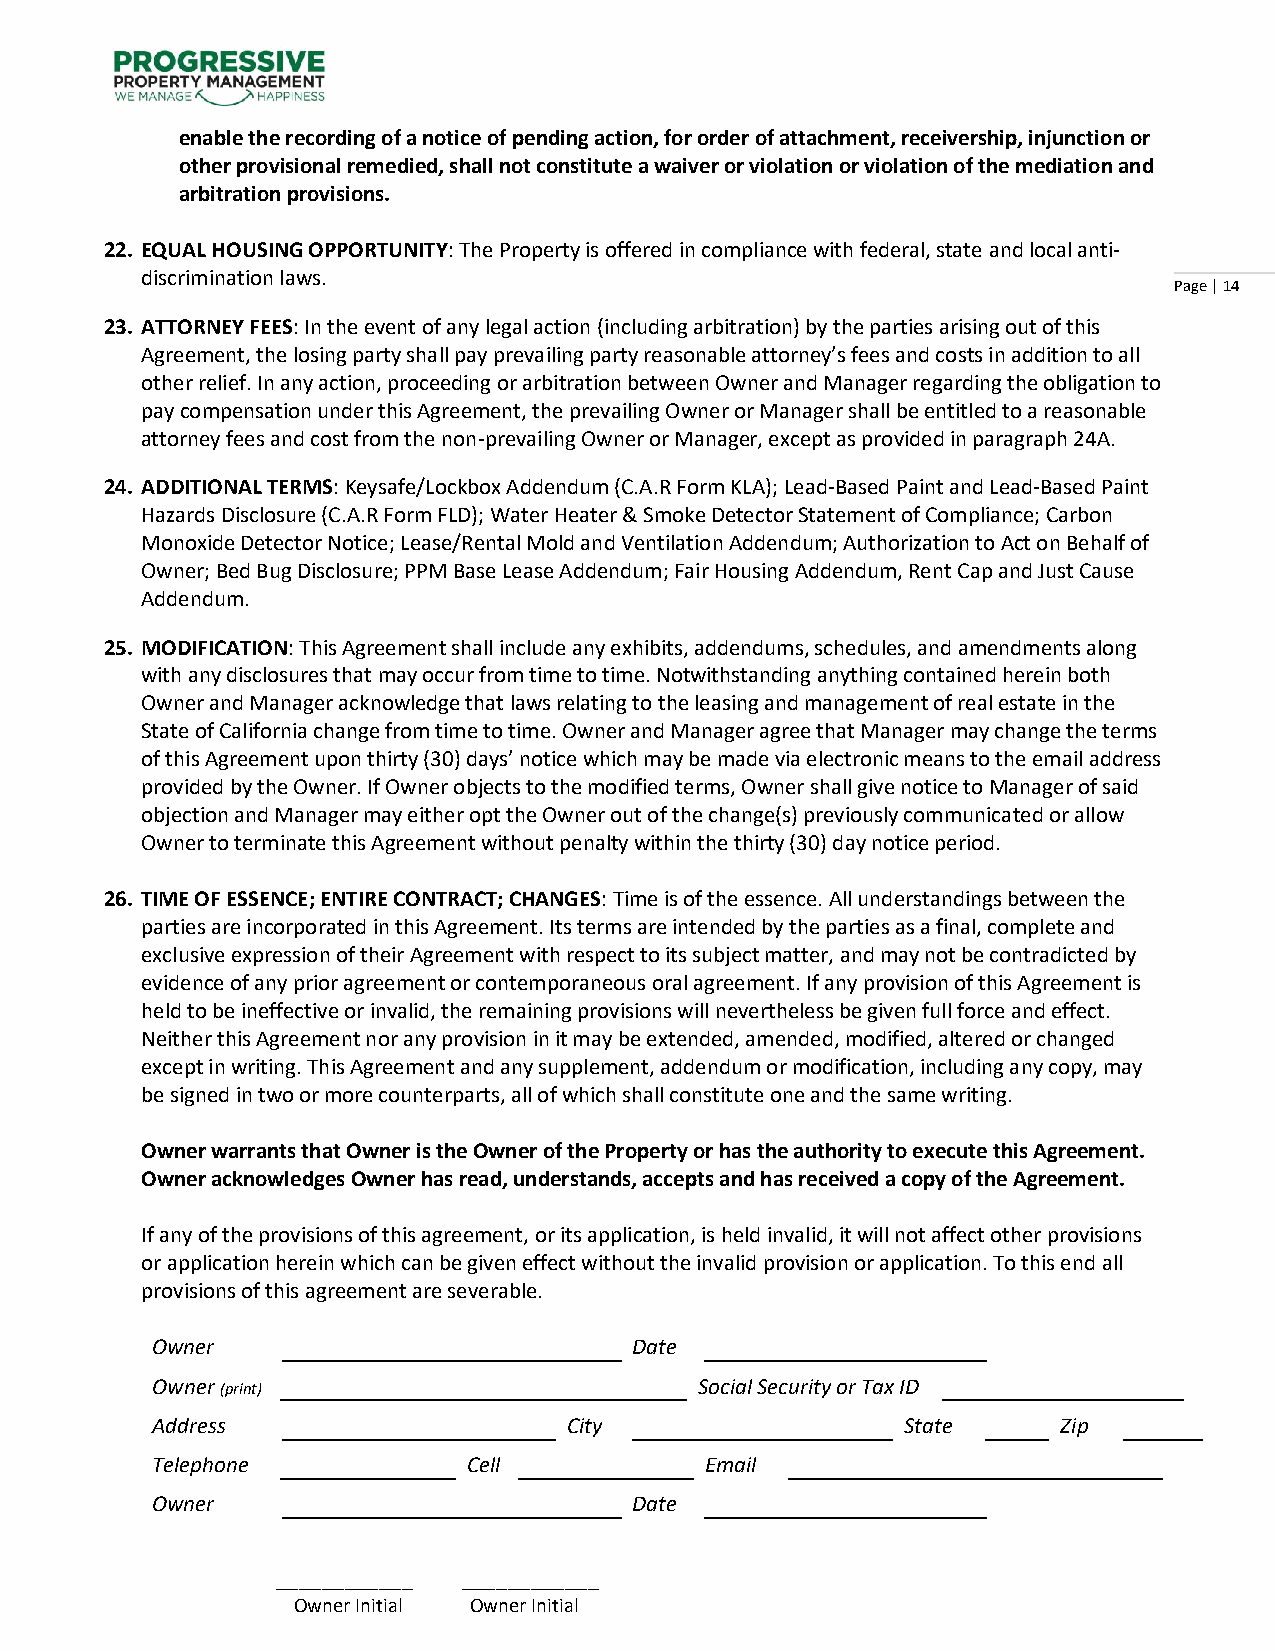
enable the recording of a notice of pending action, for order of attachment, receivership, injunction or
 other provisional remedied, shall not constitute a waiver or violation or violation of the mediation and
 arbitration provisions.
 22. EQUAL HOUSING OPPORTUNITY: The Property is offered in compliance with federal, state and local anti-
 discrimination laws.
 Page | 14
 23. ATTORNEY FEES: In the event of any legal action (including arbitration) by the parties arising out of this
 Agreement, the losing party shall pay prevailing party reasonable attorney’s fees and costs in addition to all
 other relief. In any action, proceeding or arbitration between Owner and Manager regarding the obligation to
 pay compensation under this Agreement, the prevailing Owner or Manager shall be entitled to a reasonable
 attorney fees and cost from the non-prevailing Owner or Manager, except as provided in paragraph 24A.
 24. ADDITIONAL TERMS: Keysafe/Lockbox Addendum (C.A.R Form KLA); Lead-Based Paint and Lead-Based Paint
 Hazards Disclosure (C.A.R Form FLD); Water Heater & Smoke Detector Statement of Compliance; Carbon
 Monoxide Detector Notice; Lease/Rental Mold and Ventilation Addendum; Authorization to Act on Behalf of
 Owner; Bed Bug Disclosure; PPM Base Lease Addendum; Fair Housing Addendum, Rent Cap and Just Cause
 Addendum.
 25. MODIFICATION: This Agreement shall include any exhibits, addendums, schedules, and amendments along
 with any disclosures that may occur from time to time. Notwithstanding anything contained herein both
 Owner and Manager acknowledge that laws relating to the leasing and management of real estate in the
 State of California change from time to time. Owner and Manager agree that Manager may change the terms
 of this Agreement upon thirty (30) days’ notice which may be made via electronic means to the email address
 provided by the Owner. If Owner objects to the modified terms, Owner shall give notice to Manager of said
 objection and Manager may either opt the Owner out of the change(s) previously communicated or allow
 Owner to terminate this Agreement without penalty within the thirty (30) day notice period.
 26. TIME OF ESSENCE; ENTIRE CONTRACT; CHANGES: Time is of the essence. All understandings between the
 parties are incorporated in this Agreement. Its terms are intended by the parties as a final, complete and
 exclusive expression of their Agreement with respect to its subject matter, and may not be contradicted by
 evidence of any prior agreement or contemporaneous oral agreement. If any provision of this Agreement is
 held to be ineffective or invalid, the remaining provisions will nevertheless be given full force and effect.
 Neither this Agreement nor any provision in it may be extended, amended, modified, altered or changed
 except in writing. This Agreement and any supplement, addendum or modification, including any copy, may
 be signed in two or more counterparts, all of which shall constitute one and the same writing.
 Owner warrants that Owner is the Owner of the Property or has the authority to execute this Agreement.
 Owner acknowledges Owner has read, understands, accepts and has received a copy of the Agreement.
 If any of the provisions of this agreement, or its application, is held invalid, it will not affect other provisions
 or application herein which can be given effect without the invalid provision or application. To this end all
 provisions of this agreement are severable.
 Owner                           Date
 Owner (print)                       Social Security or Tax ID
 Address                     City                  State     Zip
 Telephone            Cell            Email
 Owner                           Date
 ____________ ____________
 Owner Initial Owner Initial